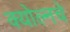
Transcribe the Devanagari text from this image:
क्योल्नचे